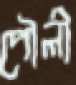
পৌলী